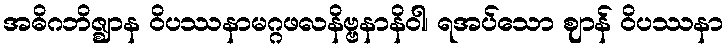
အဓိဂဘိဇ္ဈာန ဝိပဿနာမဂ္ဂဖလနိဗ္ဗနာနိဝါ၊ ရအပ်သော ဈာန် ဝိပဿနာ